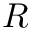
{ \cal R }